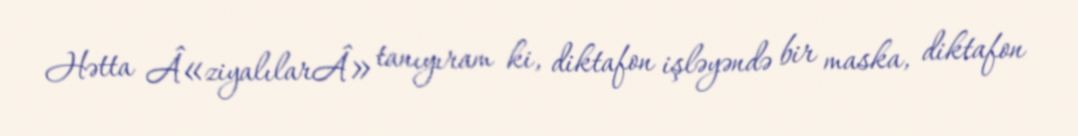
Hətta Â«ziyalılarÂ» tanıyıram ki, diktafon işləyəndə bir maska, diktafon